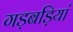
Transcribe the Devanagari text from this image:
गड़बड़ियां